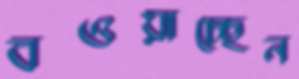
বওয়াচ্ছেন